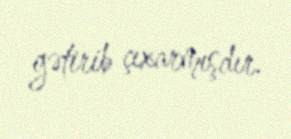
gətirib çıxarmışdır.